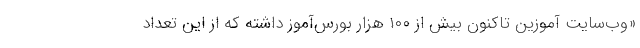
«وب‌سایت آموزین تاکنون بیش از ۱۰۰ هزار بورس‌آموز داشته که از این تعداد